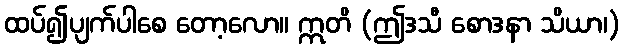
ထပ်၍ပျက်ပါစေ တော့လော။ ဣတိ (ဤဒသီ စောဒနာ သိယာ၊)